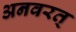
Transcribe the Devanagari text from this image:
अनवरत्